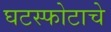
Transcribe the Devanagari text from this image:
घटस्फोटाचे